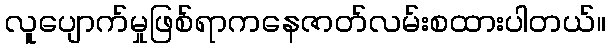
လူပျောက်မှုဖြစ်ရာကနေဇာတ်လမ်းစထားပါတယ်။